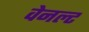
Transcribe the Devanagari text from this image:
वेनल्ट